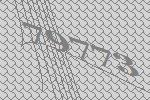
79773